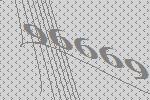
96669